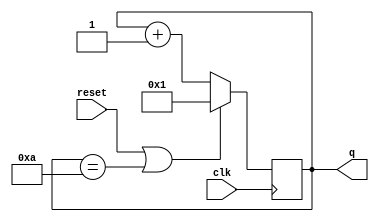
module top_module (
    input clk,
    input reset,
    output reg [3:0] q);
    always @(posedge clk) begin
        if(reset | q == 4'b1010)
            q <= 4'b001;
        else
            q <= q + 4'b001;  
    end
endmodule